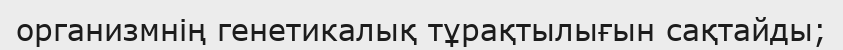
организмнің генетикалық тұрақтылығын сақтайды;